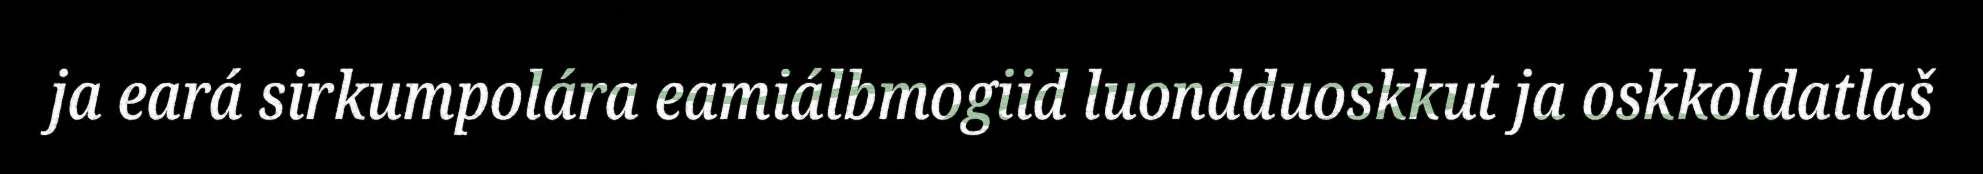
ja eará sirkumpolára eamiálbmogiid luondduoskkut ja oskkoldatlaš